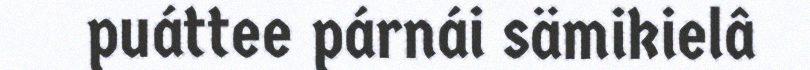
puáttee párnái sämikielâ